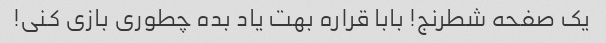
یک صفحه شطرنج! بابا قراره بهت یاد بده چطوری بازی کنی!